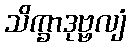
သိက္ခာဒုဗ္ဗလျံ